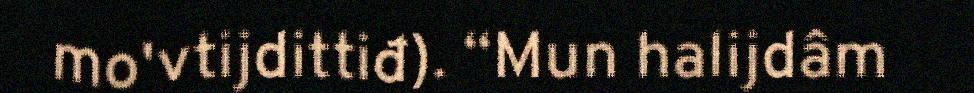
mo'vtijdittiđ). “Mun halijdâm